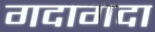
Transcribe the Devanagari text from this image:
गदागदा